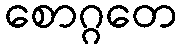
စောဂ္ဂတေ